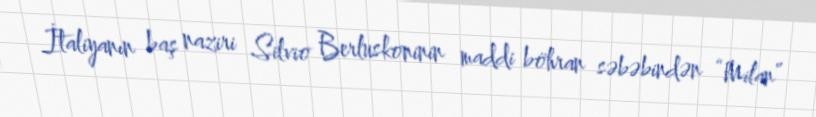
İtaliyanın baş naziri Silvio Berluskoninin maddi böhran səbəbindən “Milan”